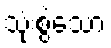
သုံးစွဲသော